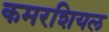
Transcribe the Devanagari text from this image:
कमरशियल